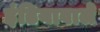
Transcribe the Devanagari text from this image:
इंडियावाले